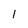
Character: 1